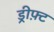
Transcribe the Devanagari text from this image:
ड्रीफ़्ट